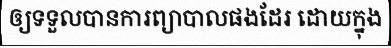
ឲ្យទទួលបានការព្យាបាលផងដែរ ដោយក្នុង